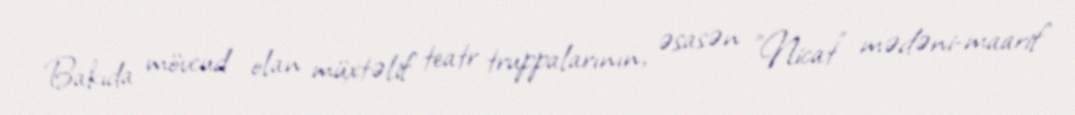
Bakıda mövcud olan müxtəlif teatr truppalarının, əsasən "Nicat" mədəni-maarif